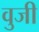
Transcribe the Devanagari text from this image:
वुजी